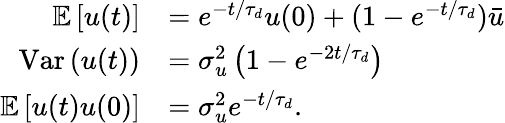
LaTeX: \begin{array}{rl}{\mathbb{E}\left[u(t)\right]}&{=e^{-t/\tau_{d}}u(0)+(1-e^{-t/\tau_{d}})\bar{u}}\\ {\mathrm{Var}\left(u(t)\right)}&{=\sigma_{u}^{2}\left(1-e^{-2t/\tau_{d}}\right)}\\ {\mathbb{E}\left[u(t)u(0)\right]}&{=\sigma_{u}^{2}e^{-t/\tau_{d}}.}\end{array}